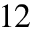
1 2